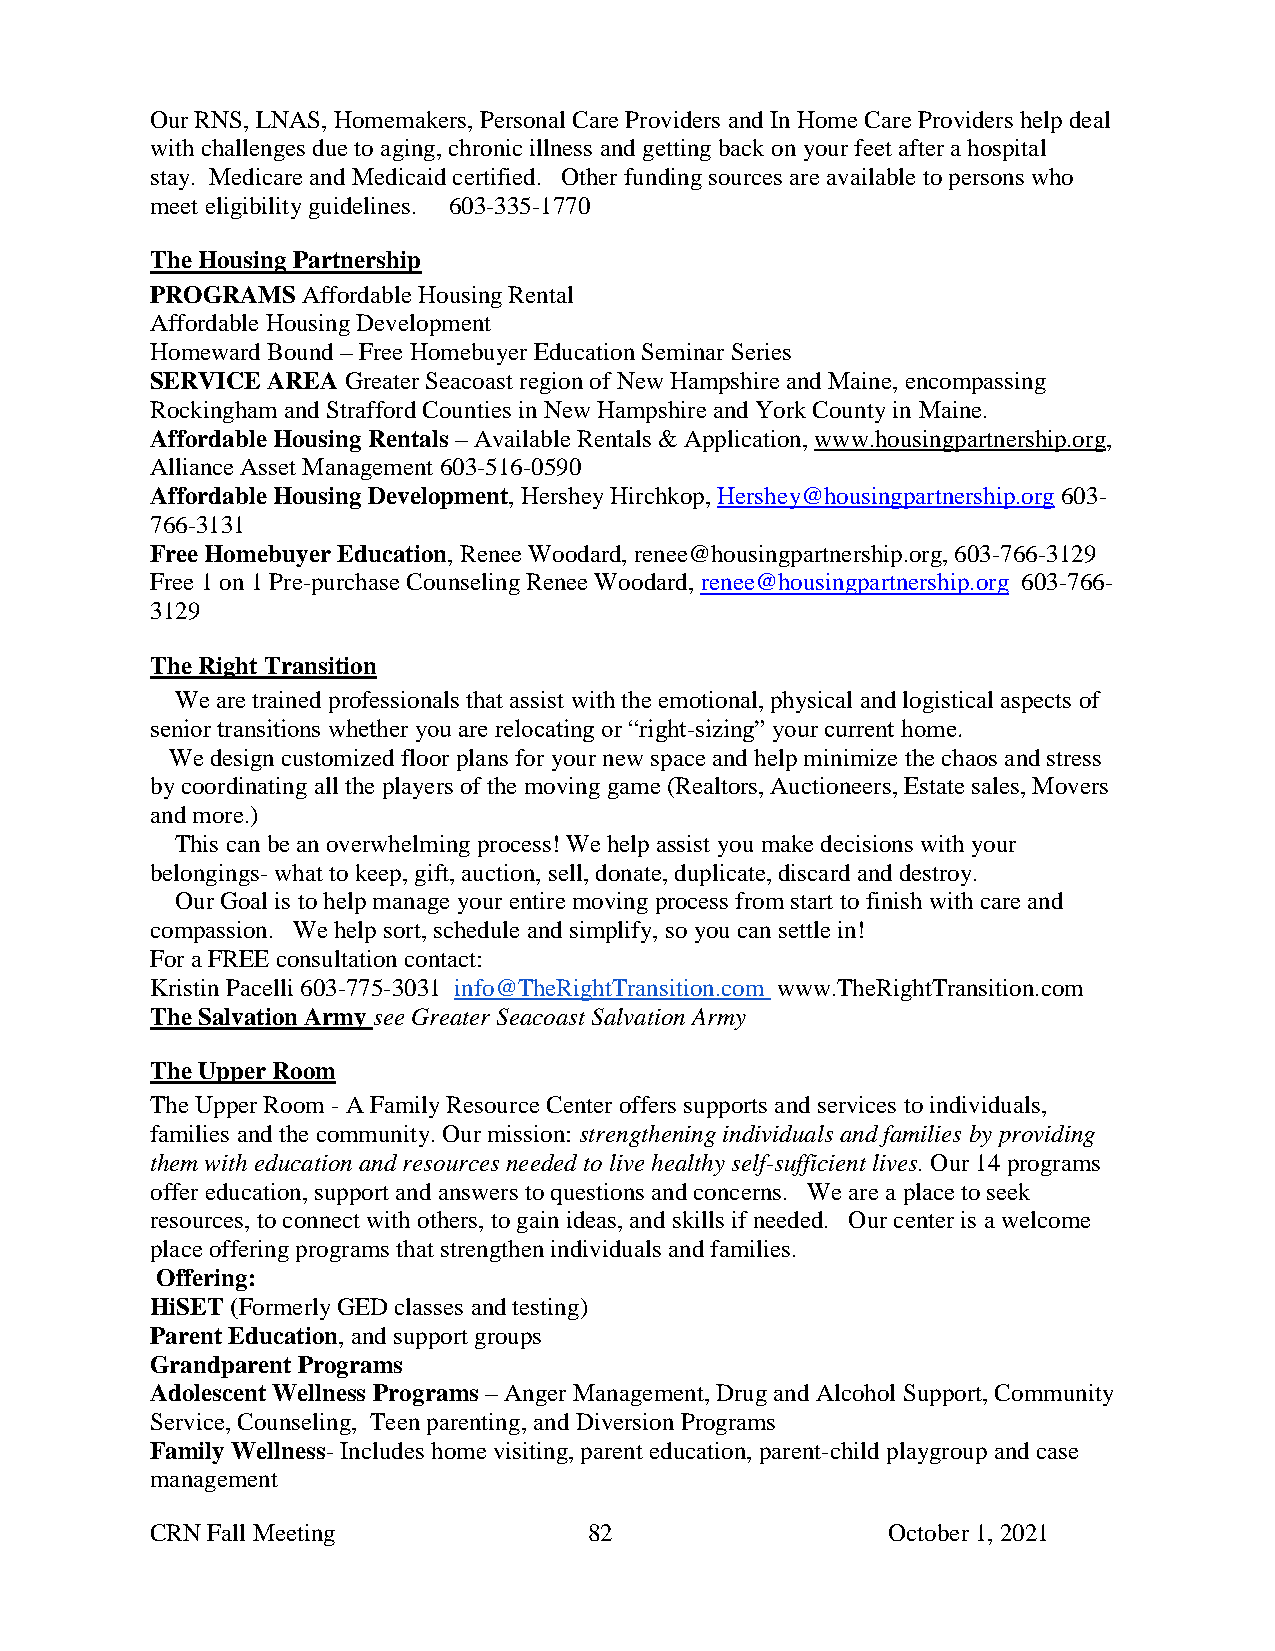
Our RNS, LNAS, Homemakers, Personal Care Providers and In Home Care Providers help deal
 with challenges due to aging, chronic illness and getting back on your feet after a hospital
 stay. Medicare and Medicaid certified. Other funding sources are available to persons who
 meet eligibility guidelines. 603-335-1770
 The Housing Partnership
 PROGRAMS  Affordable Housing Rental
 Affordable Housing Development
 Homeward Bound – Free Homebuyer Education Seminar Series
 SERVICE AREA Greater Seacoast region of New Hampshire and Maine, encompassing
 Rockingham and Strafford Counties in New Hampshire and York County in Maine.
 Affordable Housing Rentals – Available Rentals & Application, www.housingpartnership.org,
 Alliance Asset Management 603-516-0590
 Affordable Housing Development, Hershey Hirchkop, Hershey@housingpartnership.org 603-
 766-3131
 Free Homebuyer Education, Renee Woodard, renee@housingpartnership.org, 603-766-3129
 Free 1 on 1 Pre-purchase Counseling Renee Woodard, renee@housingpartnership.org 603-766-
 3129
 The Right Transition
 We are trained professionals that assist with the emotional, physical and logistical aspects of
 senior transitions whether you are relocating or “right-sizing” your current home.
 We design customized floor plans for your new space and help minimize the chaos and stress
 by coordinating all the players of the moving game (Realtors, Auctioneers, Estate sales, Movers
 and more.)
 This can be an overwhelming process! We help assist you make decisions with your
 belongings- what to keep, gift, auction, sell, donate, duplicate, discard and destroy.
 Our Goal is to help manage your entire moving process from start to finish with care and
 compassion. We help sort, schedule and simplify, so you can settle in!
 For a FREE consultation contact:
 Kristin Pacelli 603-775-3031 info@TheRightTransition.com www.TheRightTransition.com
 The Salvation Army see Greater Seacoast Salvation Army
 The Upper Room
 The Upper Room - A Family Resource Center offers supports and services to individuals,
 families and the community. Our mission: strengthening individuals and families by providing
 them with education and resources needed to live healthy self-sufficient lives. Our 14 programs
 offer education, support and answers to questions and concerns. We are a place to seek
 resources, to connect with others, to gain ideas, and skills if needed. Our center is a welcome
 place offering programs that strengthen individuals and families.
 Offering:
 HiSET (Formerly GED classes and testing)
 Parent Education, and support groups
 Grandparent Programs
 Adolescent Wellness Programs – Anger Management, Drug and Alcohol Support, Community
 Service, Counseling, Teen parenting, and Diversion Programs
 Family Wellness- Includes home visiting, parent education, parent-child playgroup and case
 management
 CRN Fall Meeting             82                  October 1, 2021